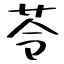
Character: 苓